Annual administration and progress report of the Indian Medical Department, Bombay
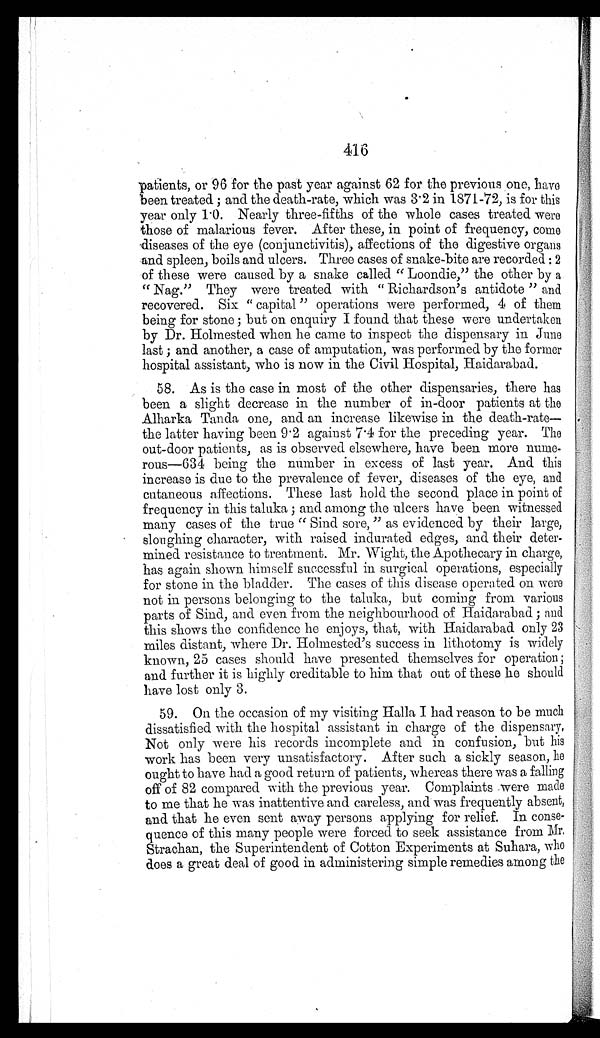
416
patients, or 96 for the past year against 62 for the previous one, have
been treated; and the death-rate, which was 3.2 in 1871-72, is for this
year only 1.0. Nearly three-fifths of the whole cases treated were
those of malarious fever. After these, in point of frequency, come
diseases of the eye (conjunctivitis), affections of the digestive organs
and spleen, boils and ulcers. Three cases of snake-bite are recorded: 2
of these were caused by a snake called "Loondie," the other by a
"Nag." They were treated with "Richardson's antidote" and
recovered. Six " capital" operations were performed, 4 of them
being for stone; but on enquiry I found that these were undertaken
by Dr. Holmested when he came to inspect the dispensary in June
last; and another, a case of amputation, was performed by the former
hospital assistant, who is now in the Civil Hospital, Haidarabad.
58. As is the case in most of the other dispensaries, there has
been a slight decrease in the number of in-door patients at the
Alharka Tanda one, and an increase likewise in the death-rate
—
the latter having been 9.2 against 7.4 for the preceding year. The
out-door patients, as is observed elsewhere, have been more nume
-
rous—634 being the number in excess of last year. And this
increase is due to the prevalence of fever, diseases of the eye, and
cutaneous affections. These last hold the second place in point of
frequency in this taluka; and among the ulcers have been witnessed
many cases of the true "Sind sore," as evidenced by their large,
sloughing character, with raised indurated edges, and their deter
-
mined resistance to treatment. Mr. Wight, the Apothecary in charge,
has again shown himself successful in surgical operations, especially
for stone in the bladder. The cases of this disease operated on were
not in persons belonging to the taluka, but coming from various
parts of Sind, and even from the neighbourhood of Haidarabad; and
this shows the confidence he enjoys, that, with Haidarabad only 23
miles distant, where Dr. Holmested's success in lithotomy is widely
known, 25 cases should have presented themselves for operation;
and further it is highly creditable to him that out of these he should
have lost only 3.
59. On the occasion of my visiting Halla I had reason to be much
dissatisfied with the hospital assistant in charge of the dispensary.
Not only were his records incomplete and in confusion, but his
work has been very unsatisfactory. After such a sickly season, he
ought to have had a good return of patients, whereas there was a falling
off of 82 compared with the previous year. Complaints were made
to me that he was inattentive and careless, and was frequently absent,
and that he even sent away persons applying for relief. In conse
-
quence of this many people were forced to seek assistance from
M r .
Strachan, the Superintendent of Cotton Experiments at Suhara, who
does a great deal of good in administering simple remedies among the